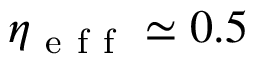
\eta _ { \mathrm { ~ e ~ f ~ f ~ } } \simeq 0 . 5